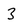
Character: 3